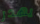
يهدر